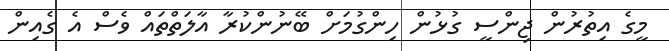
މީގެ އިތުރުން ޖިންސީ ގުޅުން ހިންގުމަށް ބޭނުންކުރާ އާލަތްތައް ވެސް އެ ގެއިން